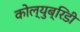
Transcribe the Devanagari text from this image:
कोल्युब्रिडी